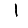
Digit: 1